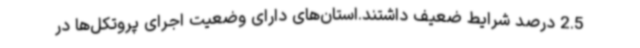
2.5 درصد شرایط ضعیف داشتند.استان‌های دارای وضعیت اجرای پروتکل‌ها در